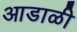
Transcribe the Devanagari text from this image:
आडाळी